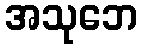
အသုဘေ